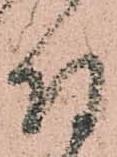
付